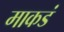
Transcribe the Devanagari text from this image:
माकडं